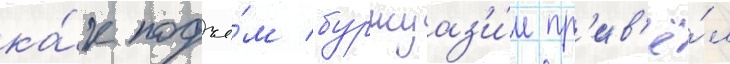
ка́к подъё́м буржуаз'и́и пр'ив'ё́л